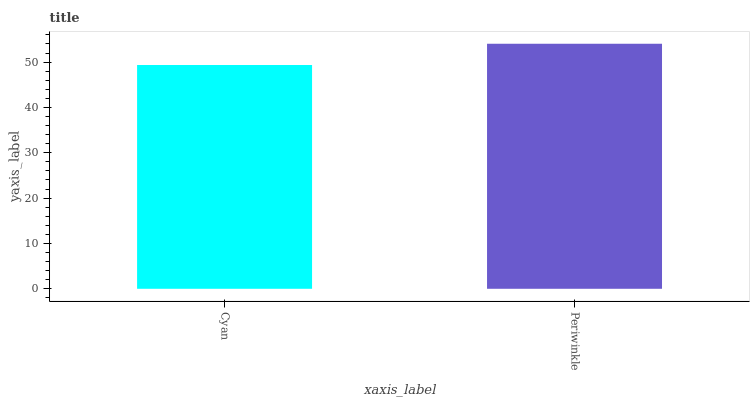
| xaxis_label | bars |
 | --- | --- |
 | Cyan | 49.4 |
 | Periwinkle | 54 |